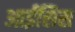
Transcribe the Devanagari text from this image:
आईसिस